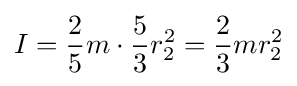
I={\frac {2}{5}}m\cdot {\frac {5}{3}}r_{2}^{2}={\frac {2}{3}}mr_{2}^{2}